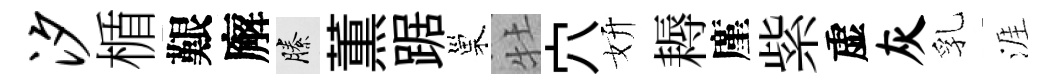
汐楯艱廨縢薫踞巢牡穴妍耨廑紫虚灰乳涯